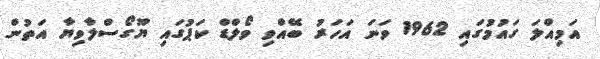
އަމިއްލަ ގައުމުގައި 1962 ވަނަ އަަހަރު ބޭއްވި ވޯލްޑް ކަޕުގައި ޔޫގޯސްލާވިޔާ އަތުން